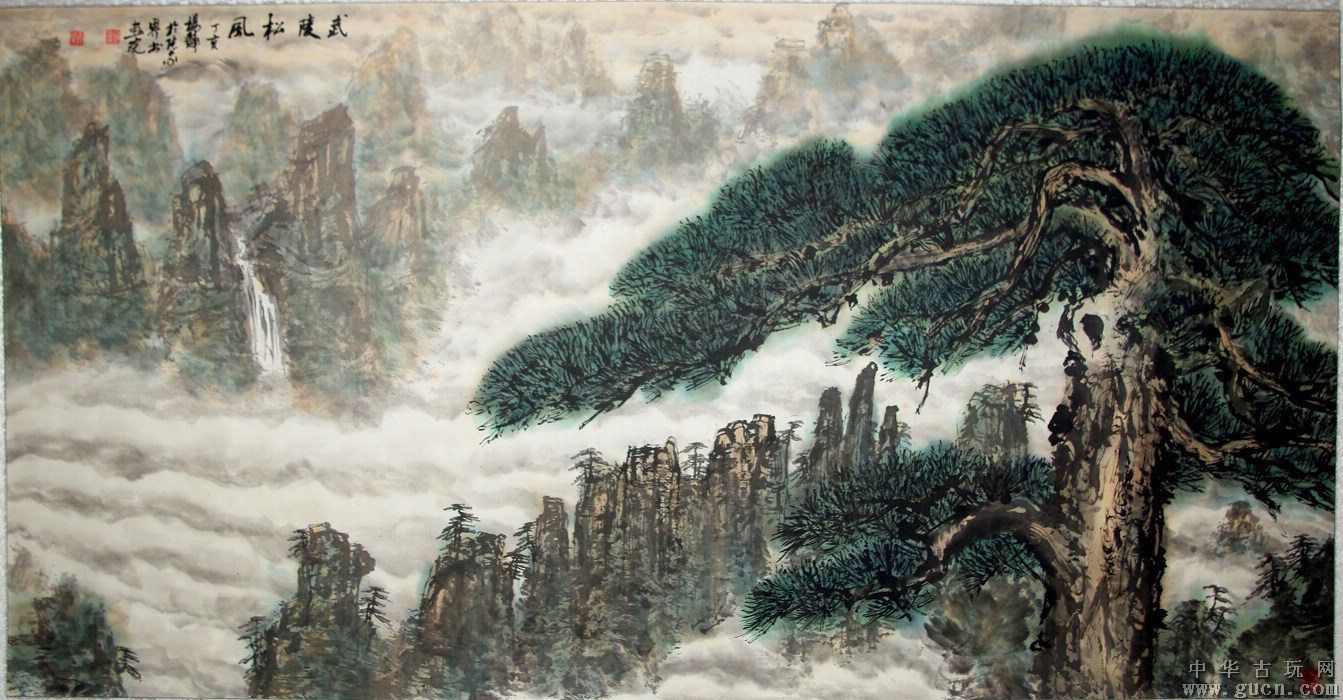
瑶草一何碧，春入武陵溪。